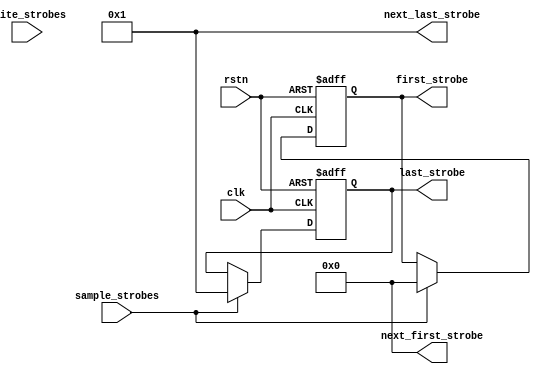

/*
 ------------------------------------------------------------------------
--
--                  (C) COPYRIGHT 2001-2011 SYNOPSYS, INC.
--                            ALL RIGHTS RESERVED
--
--  This software and the associated documentation are confidential and
--  proprietary to Synopsys, Inc.  Your use or disclosure of this
--  software is subject to the terms and conditions of a written
--  license agreement between you, or your company, and Synopsys, Inc.
--
--  The entire notice above must be reproduced on all authorized copies.
*/

//-----------------------------------------------------------------------------
// Description : Finds the first and last nonzero strobes
//              
//-----------------------------------------------------------------------------
  

module x32_DW_axi_x2p_first_last_strobe (/*AUTOARG*/
  // Outputs
  first_strobe, last_strobe, next_first_strobe, next_last_strobe, 
  // Inputs
  clk, rstn, write_strobes, sample_strobes
  );

   parameter primary_data_width = 32;
   parameter secondary_data_width = 32;

   input     clk;
   input     rstn;
   
   input [(primary_data_width/8)-1:0] write_strobes;
   input 			      sample_strobes;
   output [7:0] 		      first_strobe;
   output [7:0] 		      last_strobe;
   output [7:0] 		      next_first_strobe;
   output [7:0] 		      next_last_strobe;
   
   wire [(primary_data_width/8)-1:0]  write_strobes;
   reg [(primary_data_width/8)-1:0]   first_wr_strobes,last_wr_strobes;
   
   reg [7:0] 			      first_strobe,last_strobe;
   reg [7:0] 			      next_first_strobe,next_last_strobe;
   wire [7:0] 			      first_strobe_ns,last_strobe_ns;

  reg [(secondary_data_width/8)-1:0]  slice;
   reg [(primary_data_width/secondary_data_width)-1:0] active_slice;
   integer 			      counter;

   integer                             i,j,k,m;
  
   parameter    		      APB_WDS = (primary_data_width/secondary_data_width);

   //***********************************************************************
   //
   // first_strobes
   // from bottom up, check the strobes in groups the width of the secondary
   // count will indicate the first non-sero set of strobes
   //
   //***********************************************************************
   
// Constant condition expression changes on a per configuration basis
// hence the Leda warning can be disabled:
// leda W159 off
  always@(/*AUTOSENSE*/write_strobes)
    begin
      first_wr_strobes = write_strobes;
      if(primary_data_width > secondary_data_width)
        begin
          for(i=0;i<APB_WDS;i=i+1)
            begin
              for(j=0; j<secondary_data_width/8; j=j+1)
                slice[j] = first_wr_strobes[j+(secondary_data_width/8)*i];
              active_slice[i] = |slice;
            end
        end
      else
        active_slice = 0;
    end // always@ (...
  

  always@(/*AUTOSENSE*/active_slice)
    begin
      if(primary_data_width > secondary_data_width)
        next_first_strobe = APB_WDS;
      else
        next_first_strobe = 0;
      for(k=0;k<APB_WDS;k=k+1)
        begin
          if(active_slice[APB_WDS-1-k])
            begin
              next_first_strobe = APB_WDS-1-k;
            end
        end
    end // always@ (...
  
  
   //***********************************************************************
   //
   // last_strobes
   // from top down, check the strobes in groups the width of the secondary
   // count will indicate the first og the trailing  non-sero set of strobes
   //
   //***********************************************************************
   

  always@(/*AUTOSENSE*/active_slice)
    begin
      if(primary_data_width > secondary_data_width)
        next_last_strobe = 0;
      else
        next_last_strobe = APB_WDS;
      for(m=0;m<APB_WDS;m=m+1)
        begin
          if(active_slice[m])
            begin
              next_last_strobe = m+1;
            end
        end
    end // always@ (...
// leda W159 on
   
   assign last_strobe_ns = (sample_strobes == 1'b1) ? next_last_strobe : last_strobe;
   assign first_strobe_ns = (sample_strobes == 1'b1) ? next_first_strobe : first_strobe;

   always @(posedge clk or negedge rstn)
     begin
	if (!rstn)
	  begin
	     last_strobe <= 0;
	     first_strobe <= 0;
	  end
	else
          begin
	     last_strobe <= last_strobe_ns;
	     first_strobe <= first_strobe_ns;
	  end
     end // always @ (posedge clk or negedge rstn)
      
endmodule // DW_axi_x2_first_last_strobe